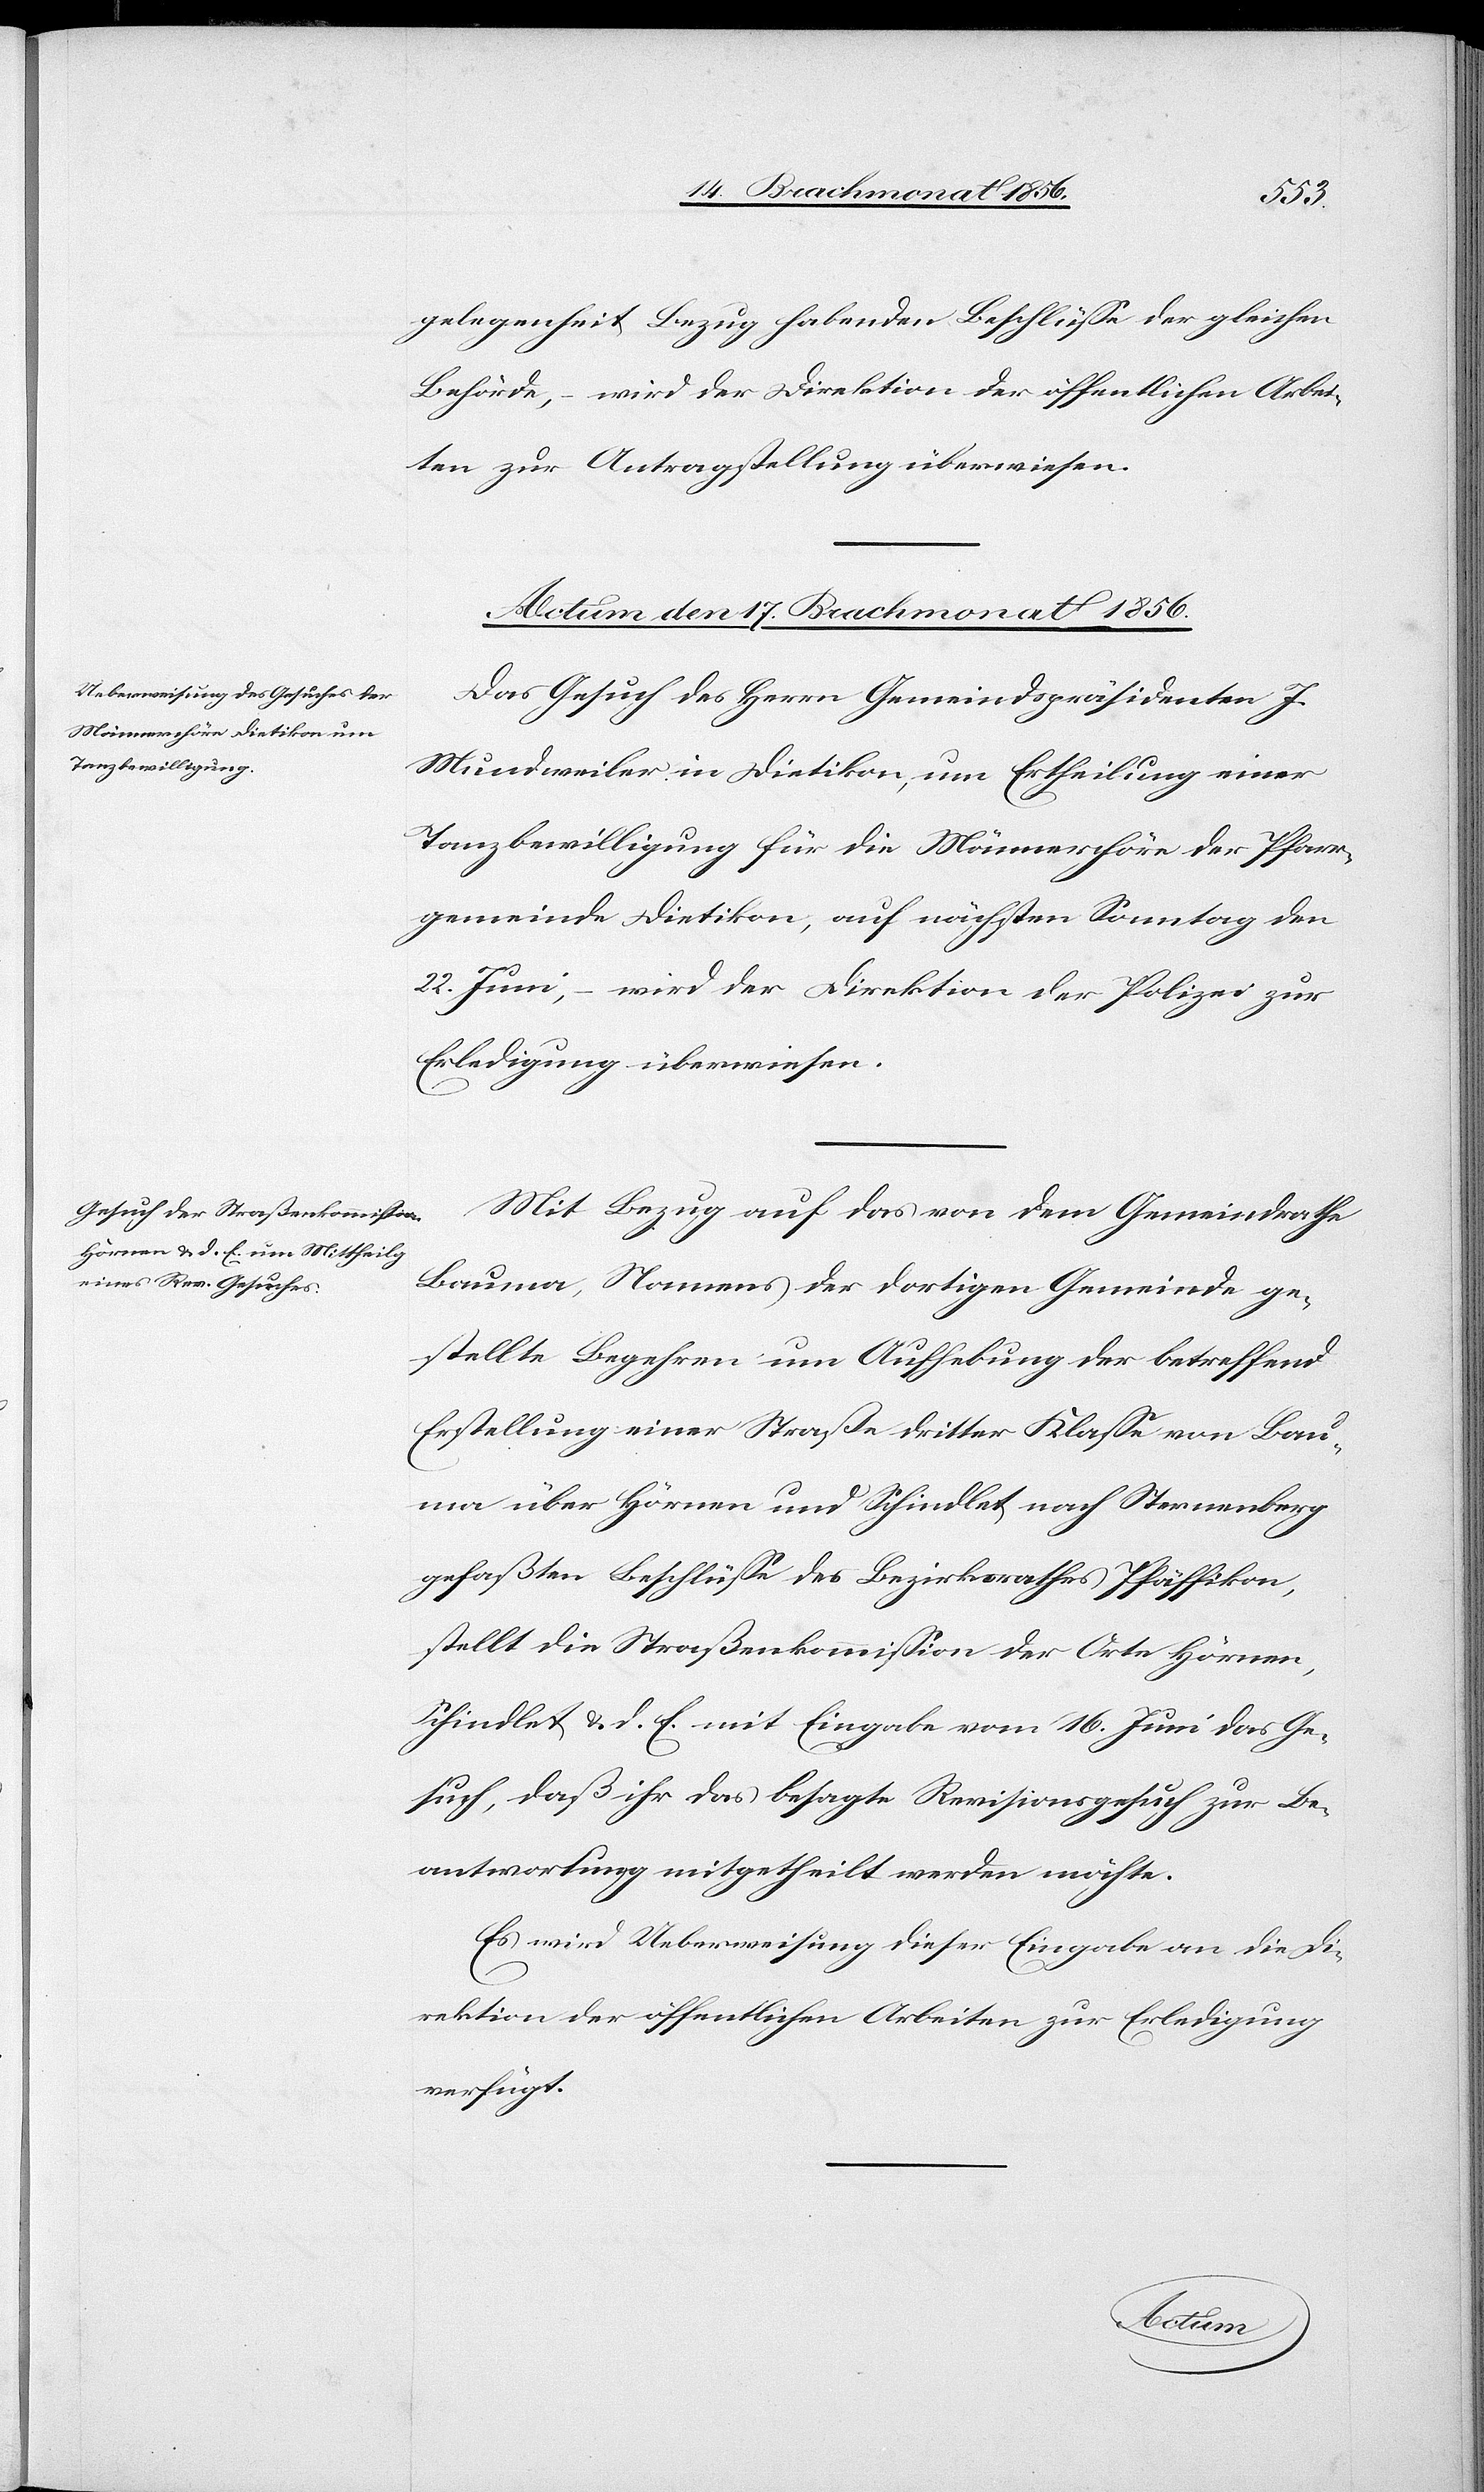
gelegenheit Bezug habenden Beschlüsse der gleichen
Behörde, – wird der Direktion der öffentlichen Arbei¬
ten zur Antragstellung überwiesen.
Actum den 17. Brachmonat 1856.]
Das Gesuch des Herrn Gemeindspräsidenten J.
Mundweiler in Dietikon, um Ertheilung einer
Tanzbewilligung für die Männerchöre der Pfarr¬
gemeinde Dietikon, auf nächsten Sonntag den
22. Juni, – wird der Direktion der Polizei zur
Erledigung überwiesen.
Mit Bezug auf das von dem Gemeindrathe
Bauma, Namens der dortigen Gemeinde ge¬
stellte Begehren um Aufhebung der betreffend
Erstellung einer Straße dritter Klasse von Bau¬
ma über Hörnen und Schindlet nach Sternenberg
gefaßten Beschlüsse des Bezirksrathes Pfäffikon,
stellt die Straßenkommission der Orte Hörnen,
Schindlet & d. E. mit Eingabe vom 16. Juni das Ge¬
such, daß ihr das besagte Revisionsgesuch zur Be¬
antwortung mitgetheilt werden möchte.
Es wird Ueberweisung dieser Eingabe an die Di¬
rektion der öffentlichen Arbeiten zur Erledigung
verfügt.